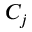
C _ { j }